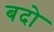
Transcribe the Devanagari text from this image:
बदो